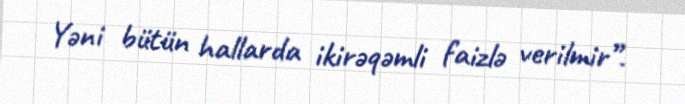
Yəni bütün hallarda ikirəqəmli faizlə verilmir”.